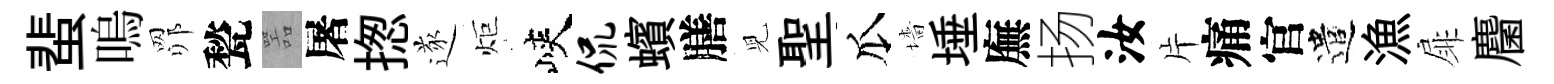
蜚嗚𦊑甃噐屠揔遂炬峽侃蠙膳児聖瓜墻埵廡扬汝片痛官遣漁扉麕